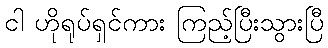
ငါ ဟိုရုပ်ရှင်ကား ကြည့်ပြီးသွားပြီ